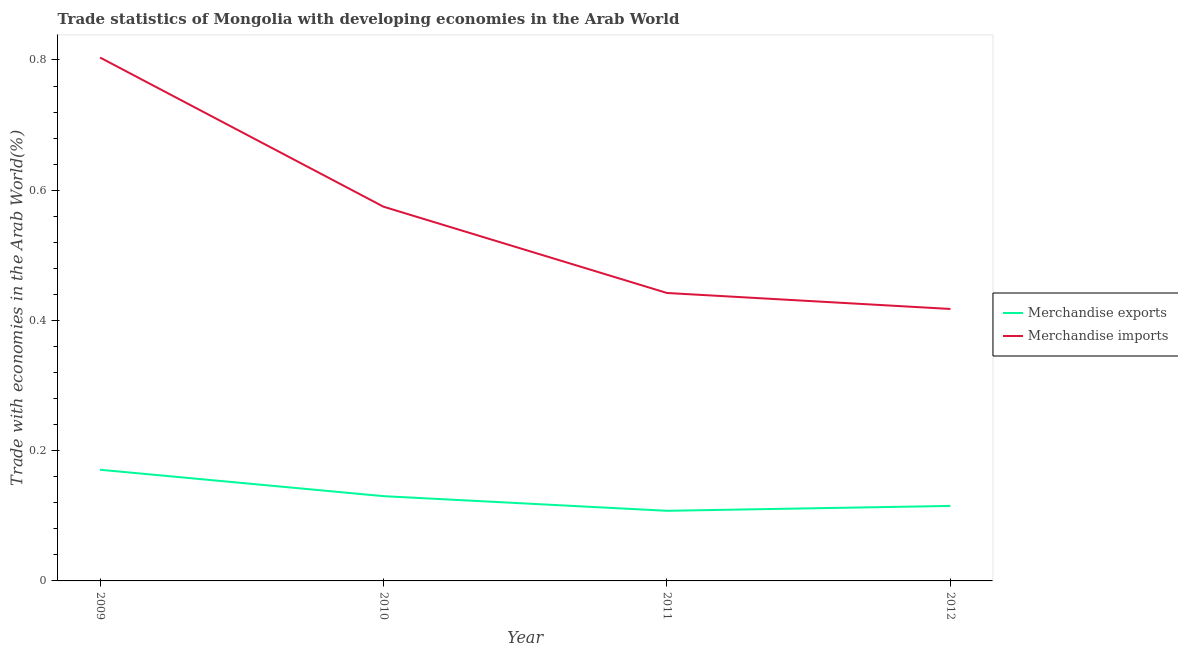
| Year | Merchandise exports | Merchandise imports |
 | --- | --- | --- |
 | 2009 | 0.171 | 0.804 |
 | 2010 | 0.13 | 0.575 |
 | 2011 | 0.108 | 0.442 |
 | 2012 | 0.115 | 0.418 |